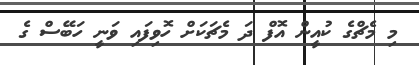
މި މެޗްގެ ކުއީން އޮފް ދަ މެޗަކަށް ހޮވިފައި ވަނީ ހަބޭސް ގެ